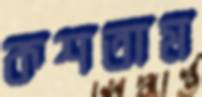
কশতাম